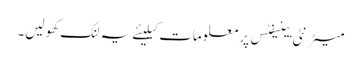
میٹرنٹی بینیفٹس پر معلومات کیلیئے یہ لنک کھولیں۔